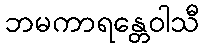
ဘမကာရန္တေဝါသီ